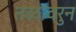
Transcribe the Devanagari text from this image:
तळांवरुन